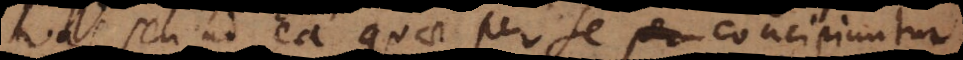
vas, seu ad ea quae per se per concipiuntur